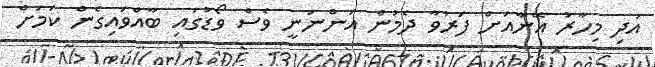
އަދި މިހާރު އޭނާއަށް ފަރުވާ ދެމުން އަންނަނީ ވެސް ވޯޑުގައި ބާއްވައިގެން ކަމަށް